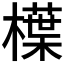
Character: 𣜿